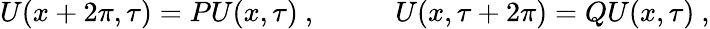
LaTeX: U(x+2\pi,\tau)=PU(x,\tau)~,~~~~~~~~~~~U(x,\tau+2\pi)=QU(x,\tau)~,